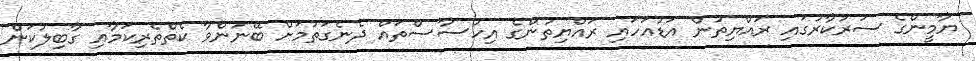
ޔާމީންގެ ސަރުކާރުގައި ރައްޔިތުން އަޑުއަހައި ރައްޔިތުންގެ އިހުސާސްތައް ދެނެގަތުމަށް ބޭނުންވާ ކެތްތެރިކަމާއި ގާބިލުކަން